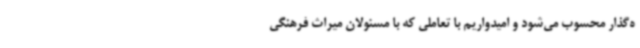
ه‌گذار محسوب می‌شود و امیدواریم با تعاملی که با مسئولان میراث فرهنگی